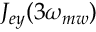
J _ { e y } ( 3 \omega _ { m w } )